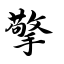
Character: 擎